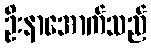
ဦးနာအောက်သည်